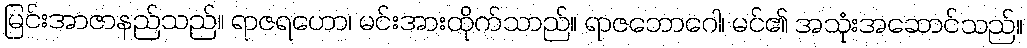
မြင်းအာဇာနည်သည်။ ရာဇရဟော၊ မင်းအားထိုက်သာည်။ ရာဇဘောဂေါ၊ မင်၏ အသုံးအဆောင်သည်။